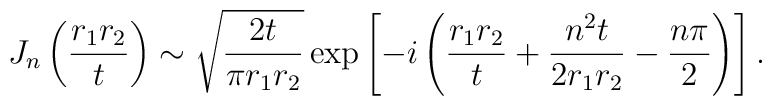
J_n 	\left( \frac{r_1 r_2}{t} \right)	\sim	\sqrt{ \frac{2 t}{\pi r_1 r_2} }	\exp	\left[		- i 		\left(		\frac{r_1 r_2}{t} + \frac{n^2 t}{2 r_1 r_2} - \frac{n \pi}{2}		\right)	\right].